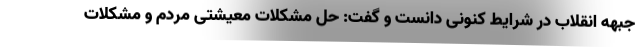
جبهه انقلاب در شرایط کنونی دانست و گفت: حل مشکلات معیشتی مردم و مشکلات